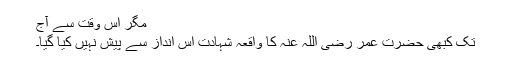
مگر اس وقت سے آج
تک کبھی حضرت عمر رضی اللہ عنہ کا واقعہ شہادت اس انداز سے پیش نہیں کیا گیا۔